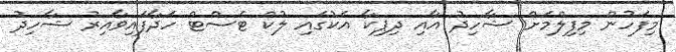
މިފަހުން މިފިލްމަށް ޝާހިދު އާއި ދިޕިކާ އެކުގައި ލުކް ޓެސްޓް ހަދާފައިވާއިރު ޝާހިދު